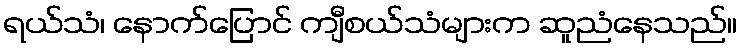
ရယ်သံ၊ နောက်ပြောင် ကျီစယ်သံများက ဆူညံနေသည်။